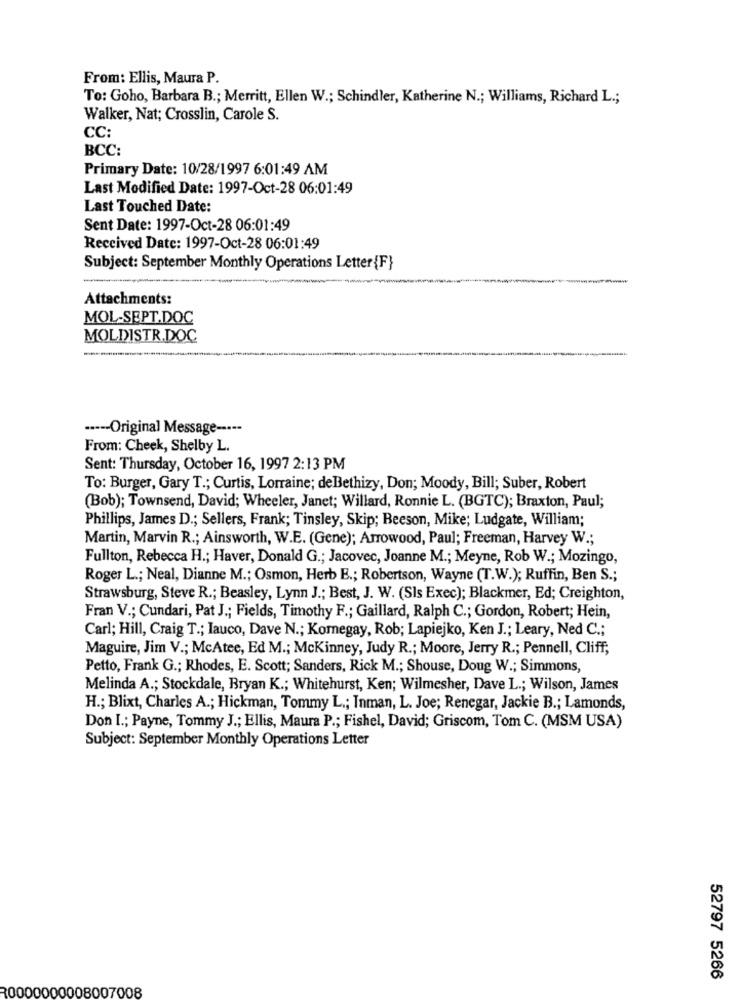
From: Ellis, Maura P.
To: Goho, Barbara B .; Merritt, Ellen W .; Schindler, Katherine N .; Williams, Richard L .;
Walker, Nat; Crosslin, Carole S.
CC:
BCC:
Primary Date: 10/28/1997 6:01:49 AM
Last Modified Date: 1997-Oct-28 06:01:49
Last Touched Date:
Sent Date: 1997-Oct-28 06:01:49
Received Date: 1997-Oct-28 06:01:49
Subject: September Monthly Operations Letter {F}
Attachments:
MOL-SEPT.DOC
MOLDISTR.DOC
··--- Original Message -----
From: Cheek, Shelby L.
Sent: Thursday, October 16, 1997 2:13 PM
To: Burger, Gary T .; Curtis, Lorraine; deBethizy, Don; Moody, Bill; Suber, Robert
(Bob); Townsend, David; Wheeler, Janet; Willard, Ronnie L. (BGTC); Braxton, Paul;
Phillips, James D .; Sellers, Frank; Tinsley, Skip; Beeson, Mike; Ludgate, William;
Martin, Marvin R .; Ainsworth, W.E. (Gene); Arrowood, Paul; Freeman, Harvey W .;
Fullton, Rebecca H .; Haver, Donald G .; Jacovec, Joanne M .; Meyne, Rob W .; Mozingo,
Roger L .; Neal, Dianne M .; Osmon, Herb E .; Robertson, Wayne (T.W.); Ruffin, Ben S .;
Strawsburg, Steve R .; Beasley, Lynn J .; Best, J. W. (Sls Exec); Blackmer, Ed; Creighton,
Fran V .; Cundari, Pat J .; Fields, Timothy F .; Gaillard, Ralph C .; Gordon, Robert; Hein,
Carl; Hill, Craig T .; Iauco, Dave N .; Koregay, Rob; Lapiejko, Ken J .; Leary, Ned C .;
Maguire, Jim V .; McAtee, Ed M .; Mckinney, Judy R .; Moore, Jerry R .; Pennell, Cliff;
Petto, Frank G .; Rhodes, E. Scott; Sanders, Rick M .; Shouse, Doug W .; Simmons,
Melinda A .; Stockdale, Bryan K .; Whitehurst, Ken; Wilmesher, Dave L .; Wilson, James
H .; Blixt, Charles A .; Hickman, Tommy L .; Inman, L. Joe; Renegar, Jackie B .; Lamonds,
Don I .; Payne, Tommy J .; Ellis, Maura P .; Fishel, David; Griscom, Tom C. (MSM USA)
Subject: September Monthly Operations Letter
52797 5266
R0000000008007008